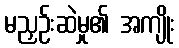
မညှဉ်းဆဲမှု၏ အကျိုး